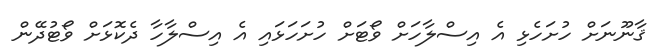
ޤާނޫނަށް ހުށަހެޅި އެ އިސްލާހަށް ވޯޓަށް ހުށަހަޅައި އެ އިސްލާހާ ދެކޮޅަށް ވޯޓުދޭން